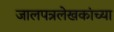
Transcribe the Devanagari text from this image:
जालपत्रलेखकांच्या